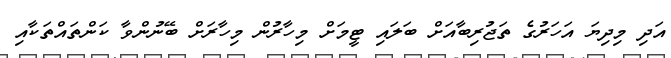
އަދި މިދިޔަ އަހަރުގެ ތަޖުރިބާއަށް ބަލައި ޓީމަށް މިހާރުން މިހާރަށް ބޭނުންވާ ކަންތައްތަކާއި